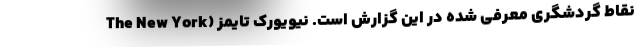
نقاط گردشگری معرفی شده در این گزارش است. نیویورک تایمز (The New York